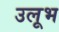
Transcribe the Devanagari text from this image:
उलूभ